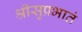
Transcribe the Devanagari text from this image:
श्रीसुप्रभातं